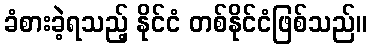
ခံစားခဲ့ရသည့် နိုင်ငံ တစ်နိုင်ငံဖြစ်သည်။